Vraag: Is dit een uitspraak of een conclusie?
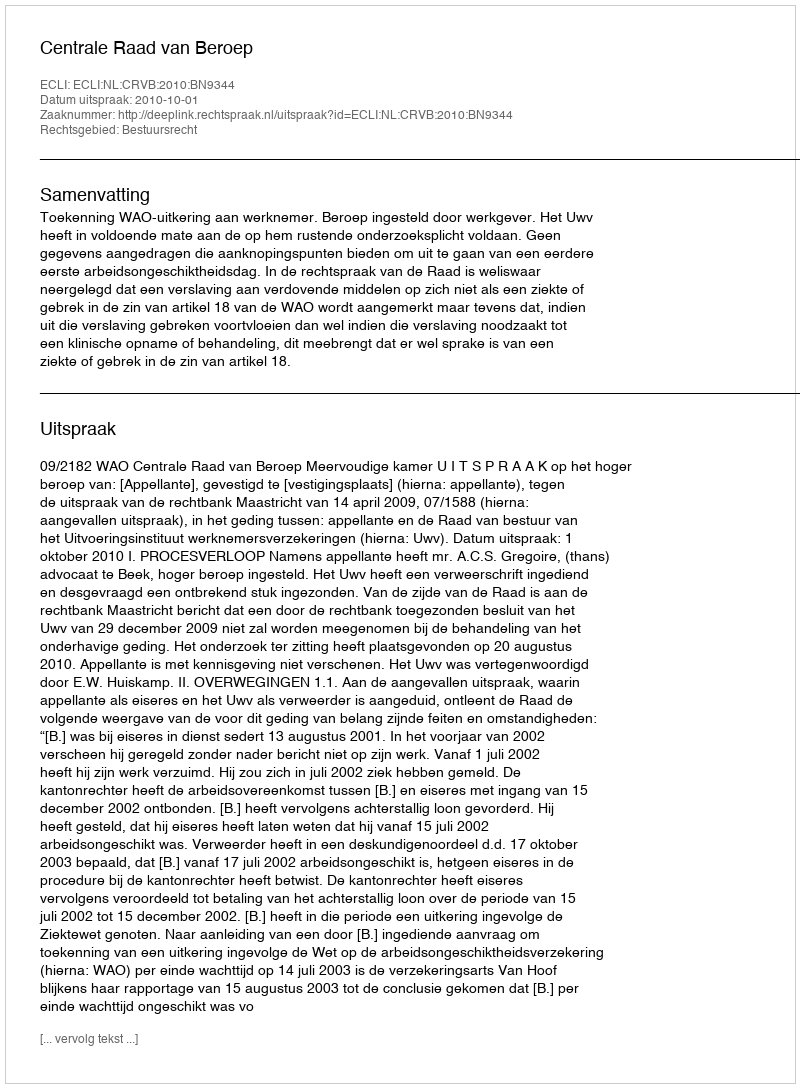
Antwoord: Uitspraak